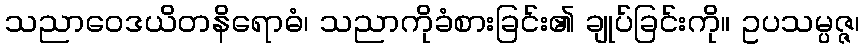
သညာဝေဒယိတနိရောဓံ၊ သညာကိုခံစားခြင်း၏ ချုပ်ခြင်းကို။ ဥပသမ္ပဇ္ဇ၊